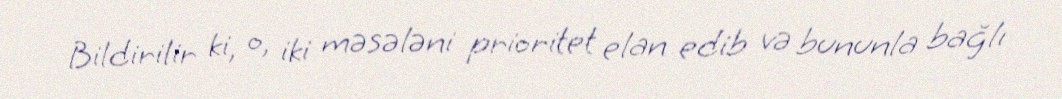
Bildirilir ki, o, iki məsələni prioritet elan edib və bununla bağlı